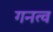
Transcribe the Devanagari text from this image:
गनत्व